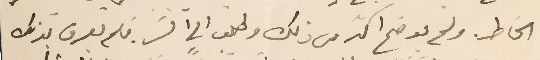
الخاطر ولم يوضح اكتر من ذلك وطلب الى السَر. فلم يعرف بذلك